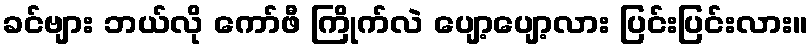
ခင်ဗျား ဘယ်လို ကော်ဖီ ကြိုက်လဲ ပျော့ပျော့လား ပြင်းပြင်းလား။